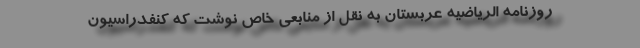
روزنامه الریاضیه عربستان به نقل از منابعی خاص نوشت که کنفدراسیون